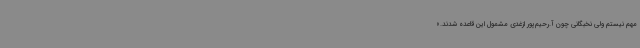
مهم نیستم ولی نخبگانی چون آ.رحیم‌پور ‌ازغدی مشمول این قاعده شدند.»